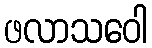
ဖလာသဝေါ